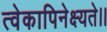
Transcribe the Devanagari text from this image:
त्वेकापिनेक्ष्यते।।